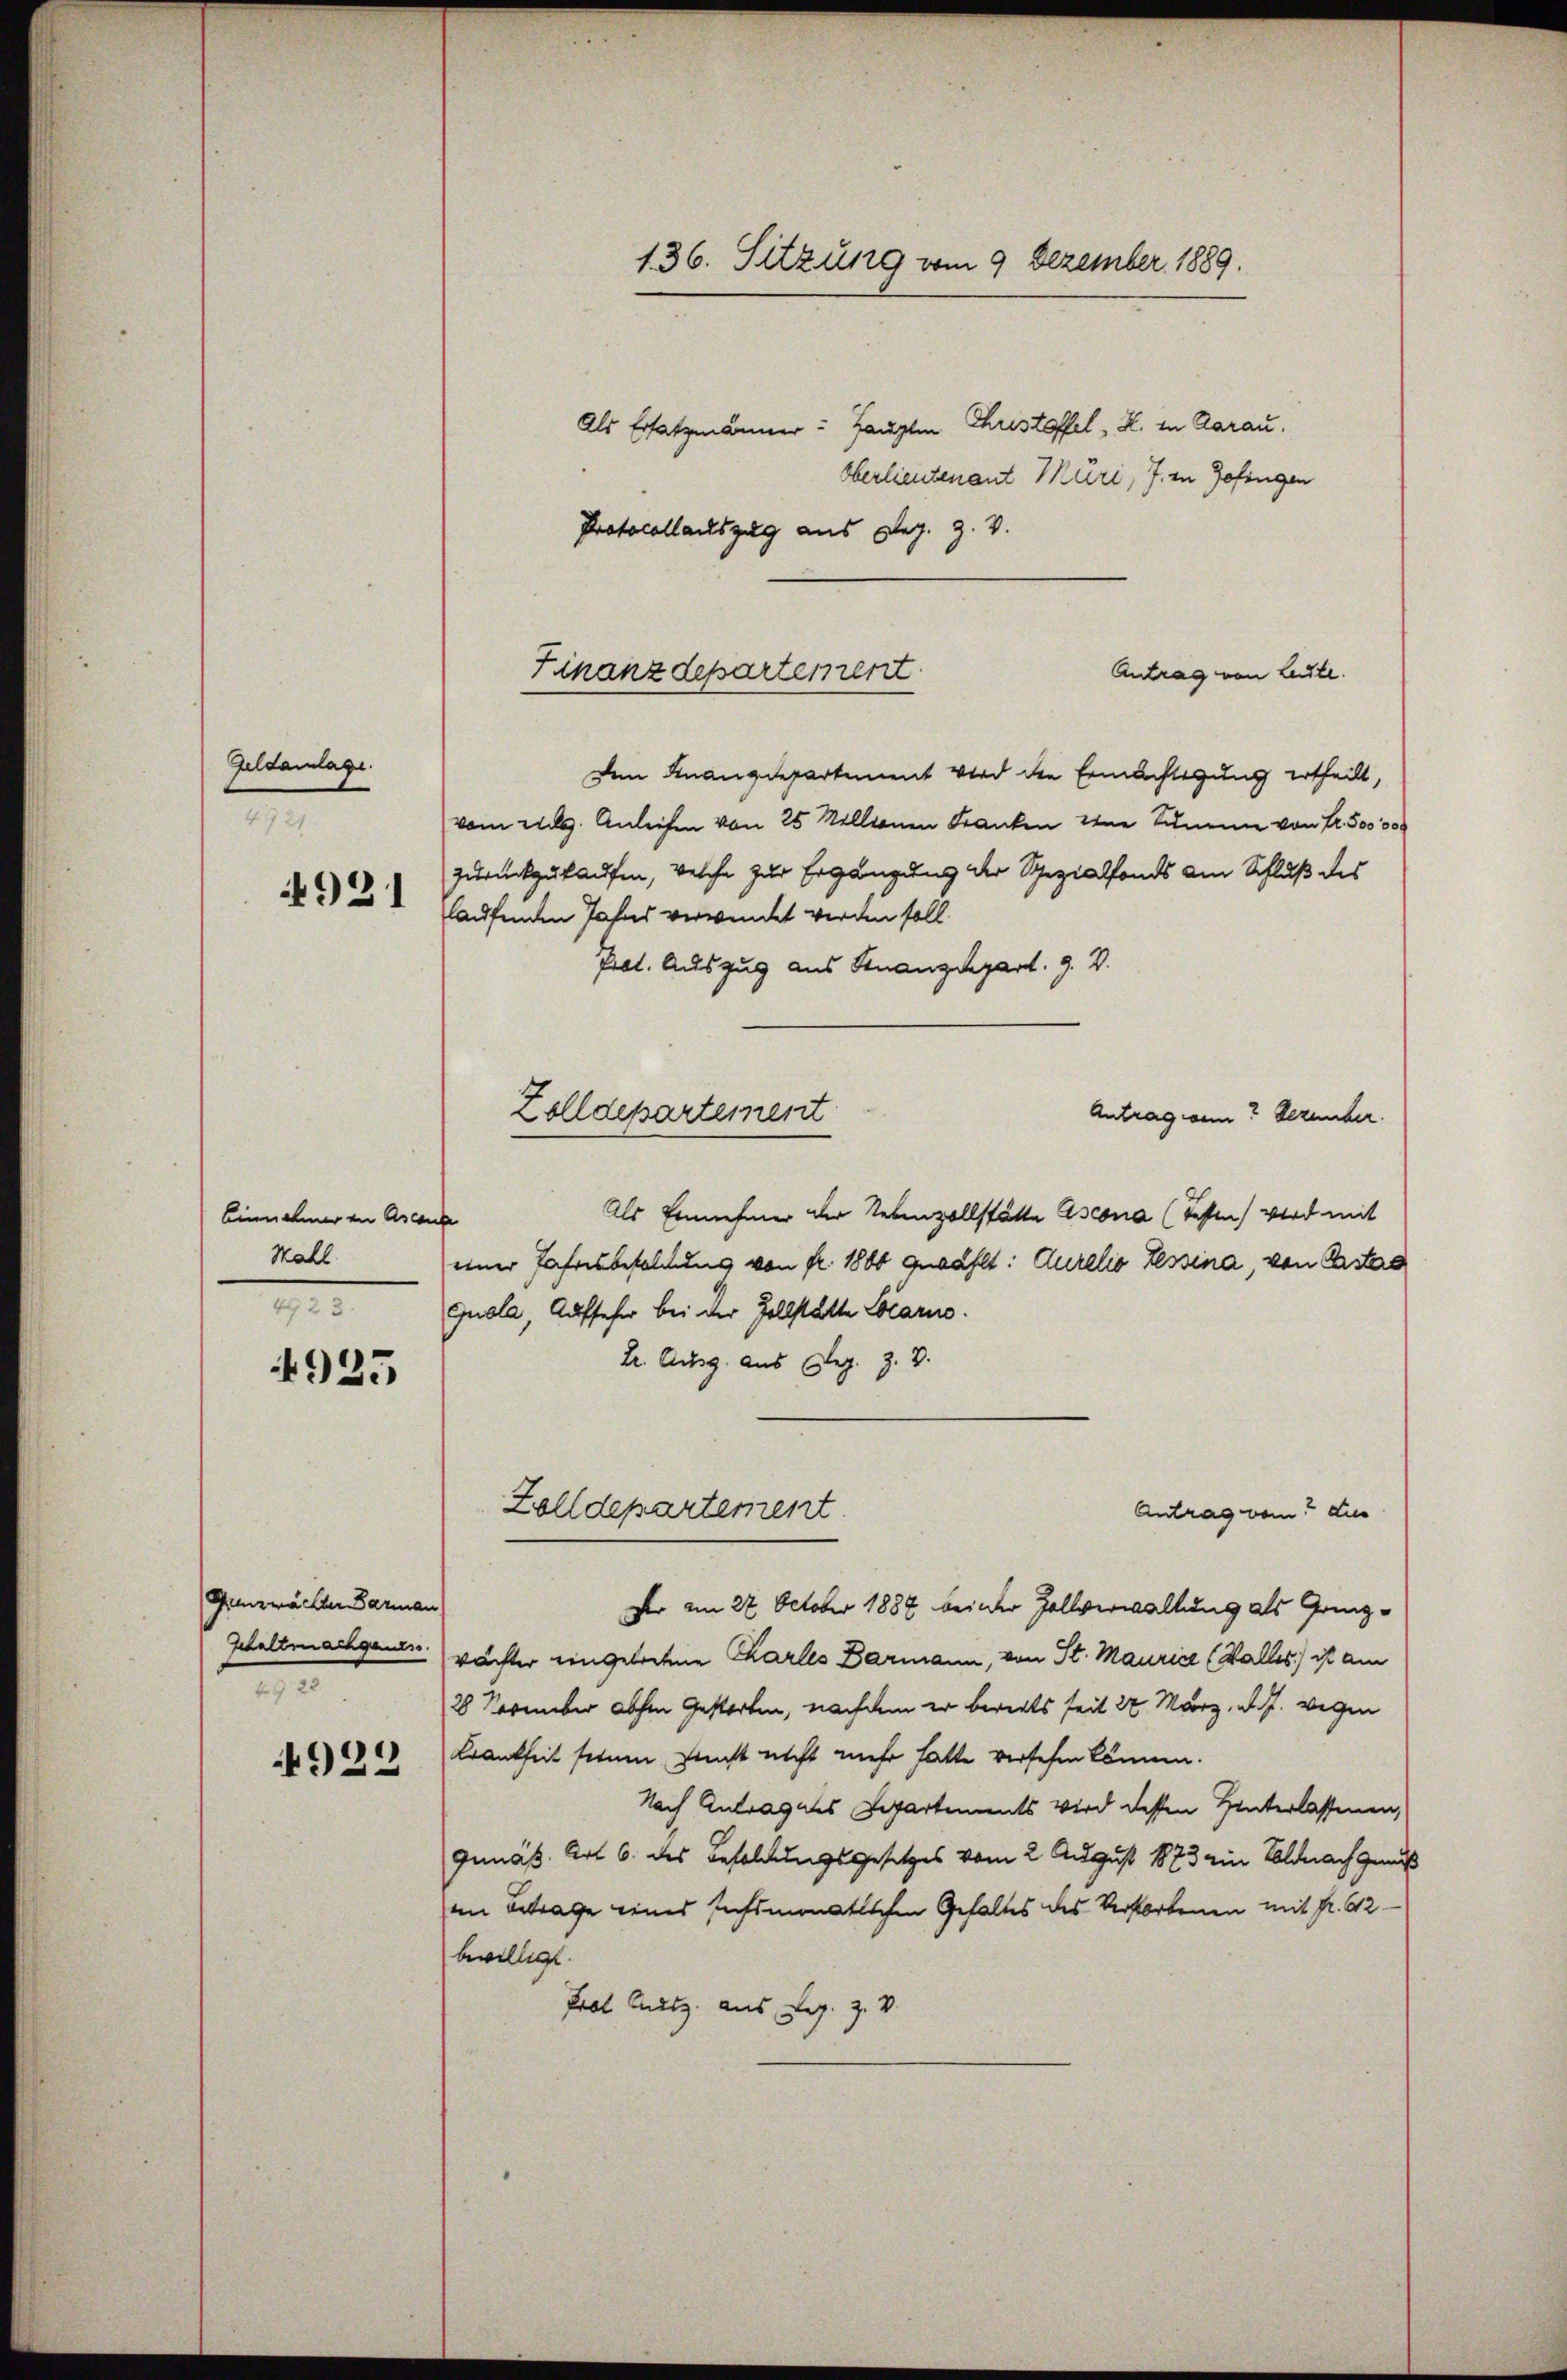
Geldanlage.
4. 727.
4921

Binnehmer in Ascen
Hall.
M

4925

Grenzwachter Barman
Schaltrachgemess
2

4922

136. Sitzung vom 9. Dezember 1889.
Als Ersatzmänner Haupten Christoffel, H. in Aarau
Oberlieutenant Muri, J. in Zofingen

Protocollauszug aus Dez. Z. V.
Antrag von Leute.
Den Finanzdepartement wird die Ermächtigung ertheilt,
vom 22. Anliefen von 25 Millionen Kranken der Summe von Fr. 500 000
zurückzukaufen, welche zur Ergänzung der Spezialfonds am Schluß des
laufenden Jahres verwendet werden soll.
Pret. Auszug aus Finanzdepart. 9. V.
Antragen? Dezember.
Als Einnehmer der Nebenzollstätte Ascona (Tessen wird mit
t
einer Jahresbesoldung von fr. 1800 gewählt: Aurelio Tessina, von Pastas
Guola, Aufseher bei der Zollstätte Locarno.
Dr. Ausg. aus Reg. Z. V.
Zolldepartement
Antrag vom dur
Der am 27. October 1884 beider Zollverwaltung als Grenz-
rächter eingetretene Charles Barmann, von St. Maurice (Walles ist am
28 November absen Gestorben, nachdem er bereits seit 24 März, d. J. wegen
Krankheit seinen, sonst nicht mehr hatte versehen können.
Nach Antragens Departements wird dessen Hinterlassenen,
Gemäß Art 6. des Besoldungsgesetzes vom 2. August 1873 ein Soldnach genuß
im Betrage eines sechsmonatlichen Gehaltes des Verstorbenen mit fr. 612
bewilligt.
Prof. Mutz aus Reg. Z. V.

Finanzdepartement

Zolldepartement